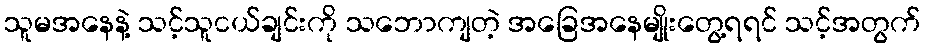
သူမအနေနဲ့ သင့်သူငယ်ချင်းကို သဘောကျတဲ့ အခြေအနေမျိုးတွေ့ရရင် သင့်အတွက်